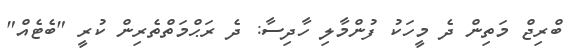
ބްރިޖް މަތިން ދެ މީހަކު ފުންމާލި ހާދިސާ: ދެ ރަޙްމަތްތެރިން ކުރީ "ބެޓެއް"